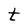
Character: t